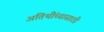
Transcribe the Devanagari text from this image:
अतिथींच्यासाठी